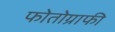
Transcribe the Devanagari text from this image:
फोतोग्राफी